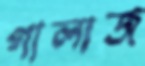
গালাজ